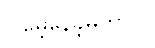
ငါမေ့နေခဲ့မိတာပဲ။